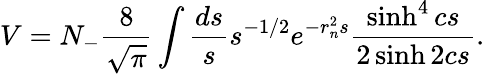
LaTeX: V=N_{-}\frac{8}{\sqrt{\pi}}\int\frac{ds}{s}s^{-1/2}e^{-r_{n}^{2}s}\frac{\sinh^{4}cs}{2\sinh 2cs}.